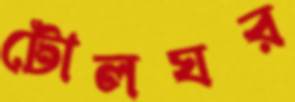
টোলঘর